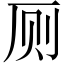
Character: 厕